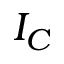
I _ { C }